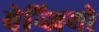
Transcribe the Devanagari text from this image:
बेन्जियो